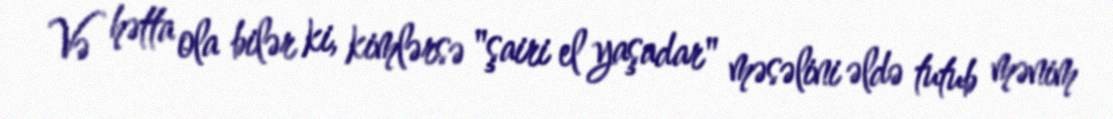
Və hətta ola bilər ki, kimlərsə "şairi el yaşadar" məsəlini əldə tutub mənim